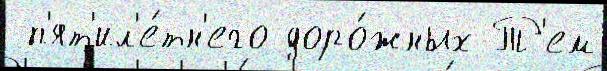
 п'ят'ил'е́тн'его доро́жных Т'ем